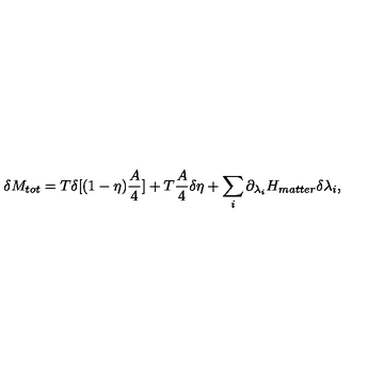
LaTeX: \delta M _ { t o t } = T \delta [ ( 1 - \eta ) { \frac { A } { 4 } } ] + T { \frac { A } { 4 } } \delta \eta + \sum _ { i } \partial _ { \lambda _ { i } } H _ { m a t t e r } \delta \lambda _ { i } ,